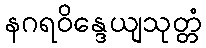
နဂရဝိန္ဒေယျသုတ္တံ